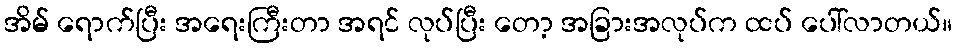
အိမ် ရောက်ပြီး အရေးကြီးတာ အရင် လုပ်ပြီး တော့ အခြားအလုပ်က ထပ် ပေါ်လာတယ်။